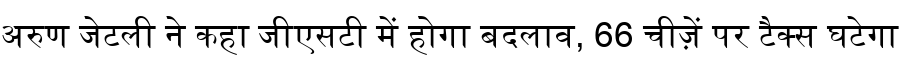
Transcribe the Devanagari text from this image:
अरुण जेटली ने कहा जीएसटी में होगा बदलाव, 66 चीज़ें पर टैक्स घटेगा